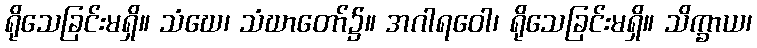
ရိုသေခြင်းမရှိ။ သံဃေ၊ သံဃာတော်၌။ အဂါရဝေါ၊ ရိုသေခြင်းမရှိ။ သိက္ခာယ၊